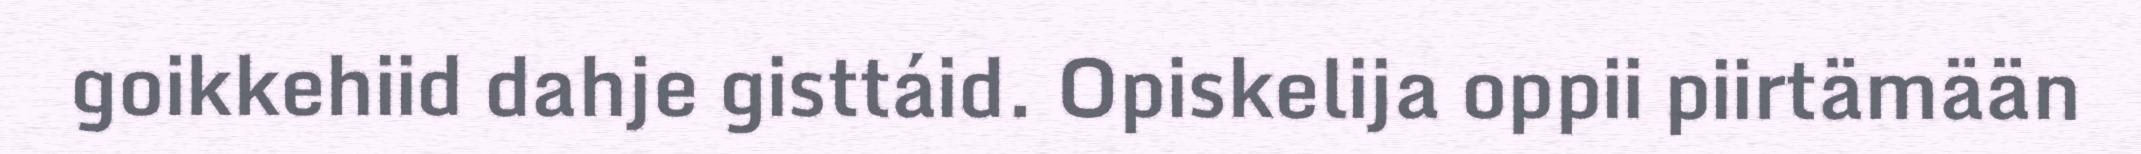
goikkehiid dahje gisttáid. Opiskelija oppii piirtämään